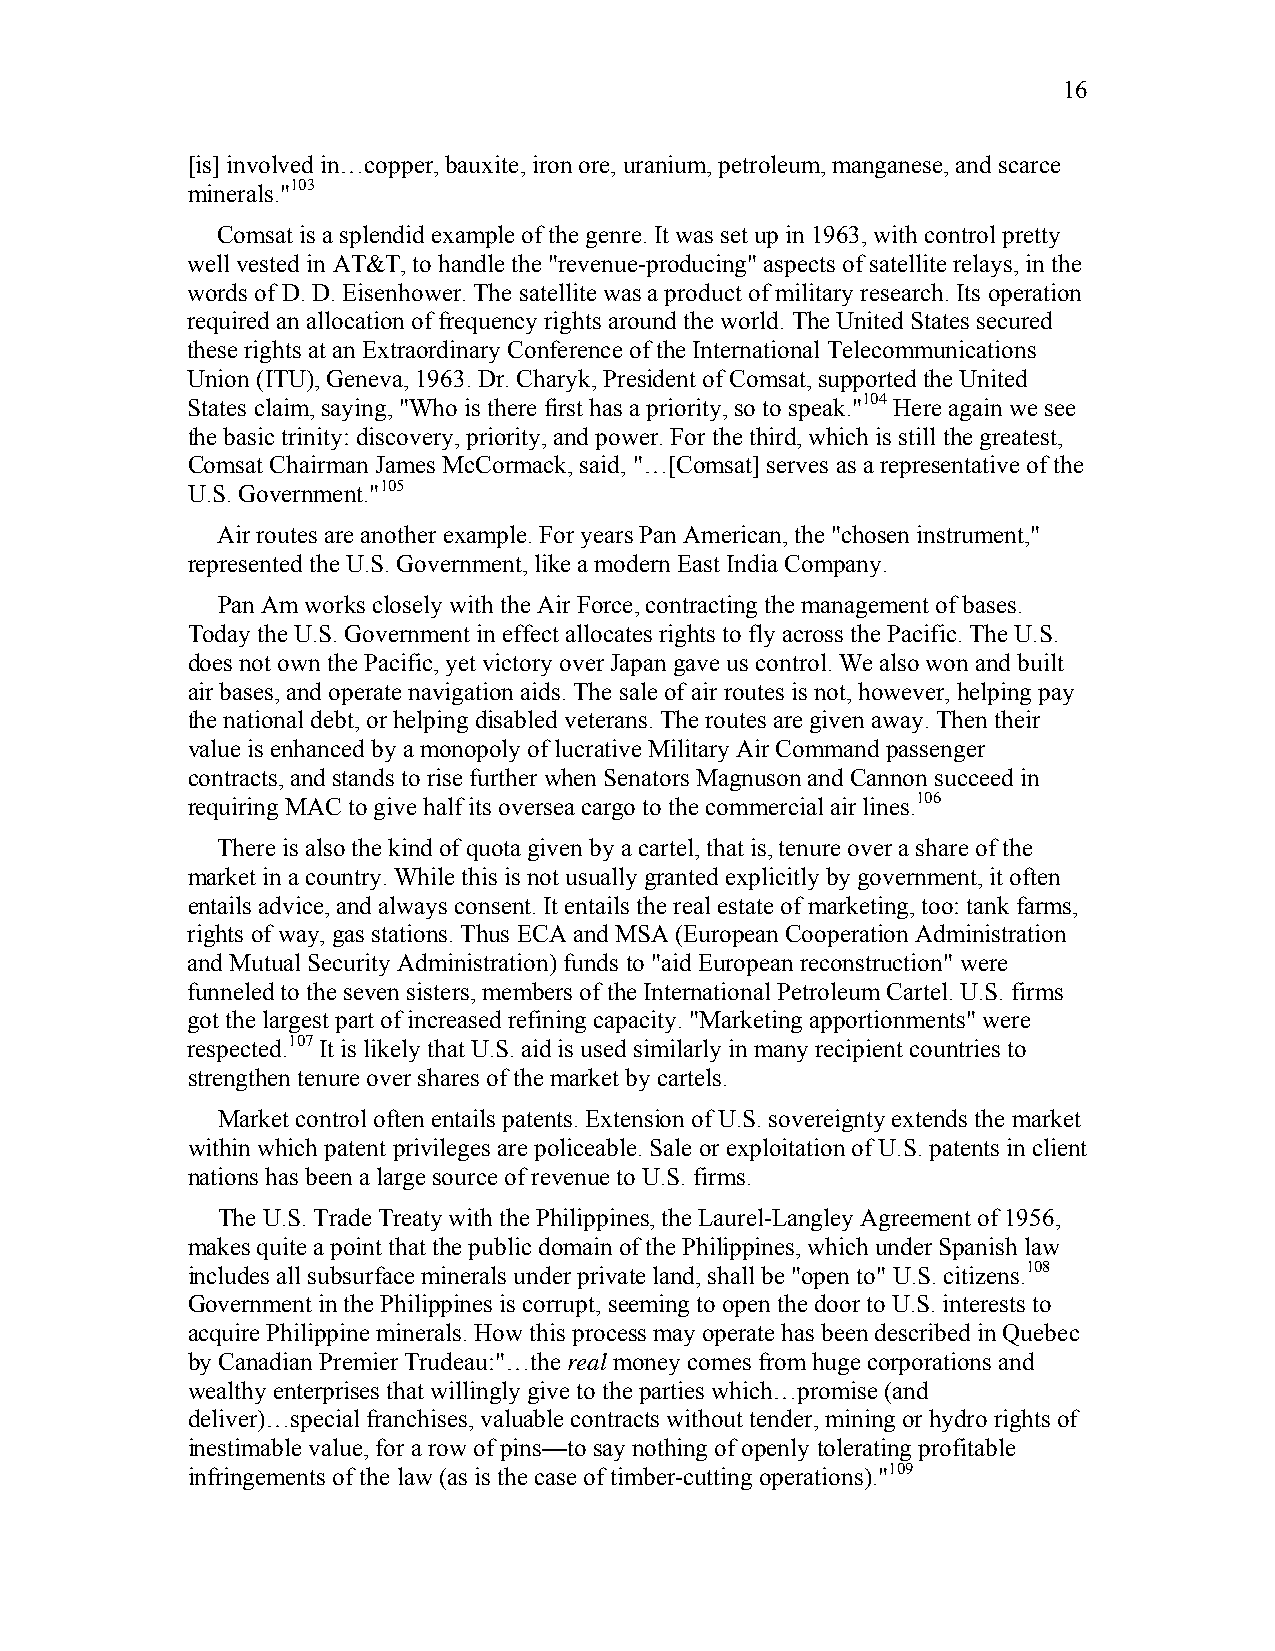
16
 [is] involved in…copper, bauxite, iron ore, uranium, petroleum, manganese, and scarce
 minerals."103
 Comsat is a splendid example of the genre. It was set up in 1963, with control pretty
 well vested in AT&T, to handle the "revenue-producing" aspects of satellite relays, in the
 words of D. D. Eisenhower. The satellite was a product of military research. Its operation
 required an allocation of frequency rights around the world. The United States secured
 these rights at an Extraordinary Conference of the International Telecommunications
 Union (ITU), Geneva, 1963. Dr. Charyk, President of Comsat, supported the United
 States claim, saying, "Who is there first has a priority, so to speak."104 Here again we see
 the basic trinity: discovery, priority, and power. For the third, which is still the greatest,
 Comsat Chairman James McCormack, said, "…[Comsat] serves as a representative of the
 U.S. Government."105
 Air routes are another example. For years Pan American, the "chosen instrument,"
 represented the U.S. Government, like a modern East India Company.
 Pan Am works closely with the Air Force, contracting the management of bases.
 Today the U.S. Government in effect allocates rights to fly across the Pacific. The U.S.
 does not own the Pacific, yet victory over Japan gave us control. We also won and built
 air bases, and operate navigation aids. The sale of air routes is not, however, helping pay
 the national debt, or helping disabled veterans. The routes are given away. Then their
 value is enhanced by a monopoly of lucrative Military Air Command passenger
 contracts, and stands to rise further when Senators Magnuson and Cannon succeed in
 requiring MAC to give half its oversea cargo to the commercial air lines.106
 There is also the kind of quota given by a cartel, that is, tenure over a share of the
 market in a country. While this is not usually granted explicitly by government, it often
 entails advice, and always consent. It entails the real estate of marketing, too: tank farms,
 rights of way, gas stations. Thus ECA and MSA (European Cooperation Administration
 and Mutual Security Administration) funds to "aid European reconstruction" were
 funneled to the seven sisters, members of the International Petroleum Cartel. U.S. firms
 got the largest part of increased refining capacity. "Marketing apportionments" were
 respected.107 It is likely that U.S. aid is used similarly in many recipient countries to
 strengthen tenure over shares of the market by cartels.
 Market control often entails patents. Extension of U.S. sovereignty extends the market
 within which patent privileges are policeable. Sale or exploitation of U.S. patents in client
 nations has been a large source of revenue to U.S. firms.
 The U.S. Trade Treaty with the Philippines, the Laurel-Langley Agreement of 1956,
 makes quite a point that the public domain of the Philippines, which under Spanish law
 includes all subsurface minerals under private land, shall be "open to" U.S. citizens.108
 Government in the Philippines is corrupt, seeming to open the door to U.S. interests to
 acquire Philippine minerals. How this process may operate has been described in Quebec
 by Canadian Premier Trudeau:"…the real money comes from huge corporations and
 wealthy enterprises that willingly give to the parties which…promise (and
 deliver)…special franchises, valuable contracts without tender, mining or hydro rights of
 inestimable value, for a row of pins—to say nothing of openly tolerating profitable
 infringements of the law (as is the case of timber-cutting operations)."109